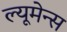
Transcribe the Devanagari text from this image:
ल्यूमेन्स